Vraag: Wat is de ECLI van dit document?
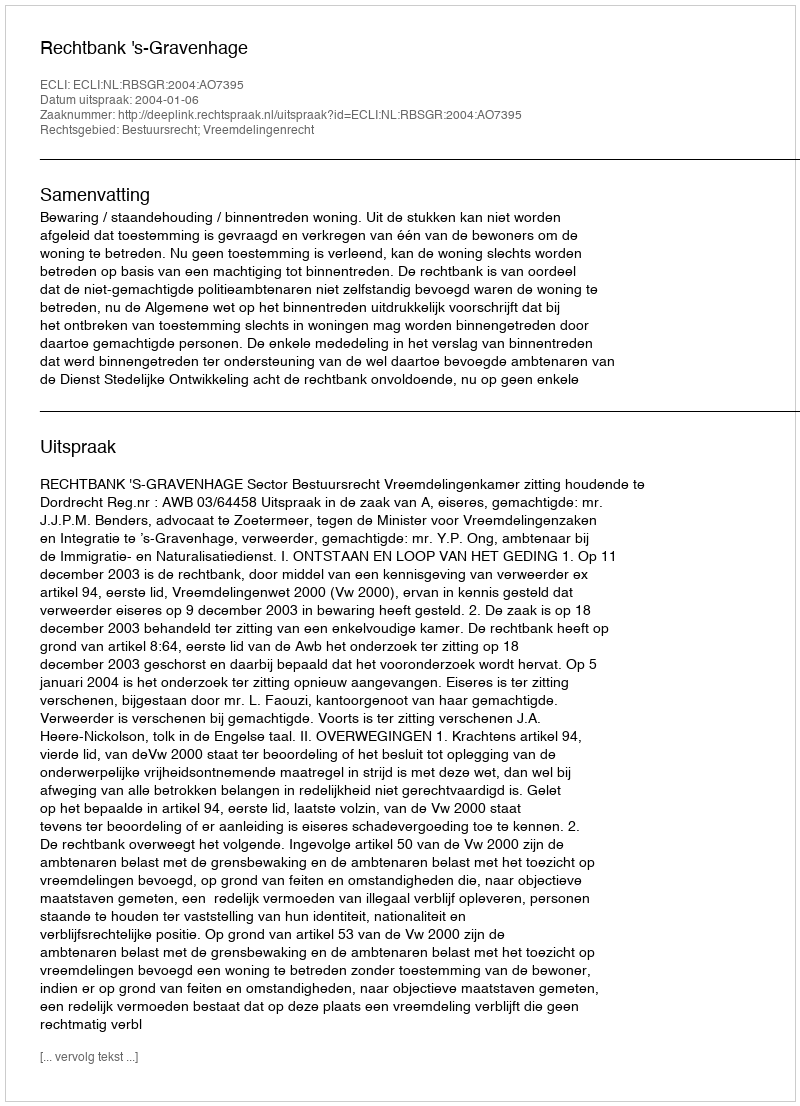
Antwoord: ECLI:NL:RBSGR:2004:AO7395